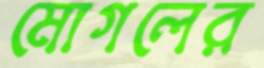
মোগলের